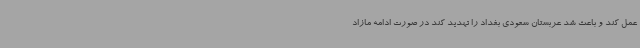
عمل کند و باعث شد عربستان سعودی بغداد را تهدید کند در صورت ادامه مازاد